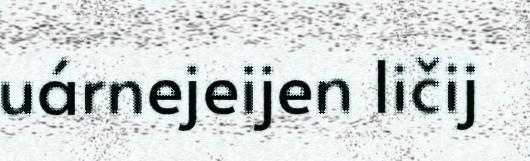
uárnejeijen ličij